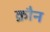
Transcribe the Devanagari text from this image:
क्रौन